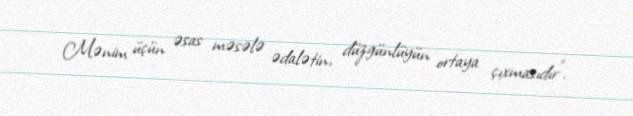
Mənim üçün əsas məsələ ədalətin, düzgünlüyün ortaya çıxmasıdır”.